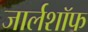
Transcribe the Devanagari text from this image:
जार्लशॉफ